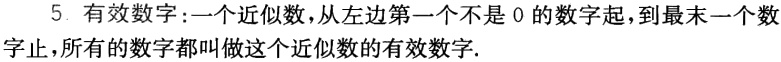
5. 有效数字:一个近似数,从左边第一个不是 0 的数字起,到最末一个数字止,所有的数字都叫做这个近似数的有效数字.